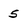
Character: 5